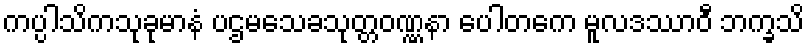
ကပ္ပါသိကသုခုမာနံ ပဌမသေခသုတ္တဝဏ္ဏနာ ပေါတကေ မူလဒဿာဝီ ဘက္ခသိ